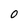
Character: 0